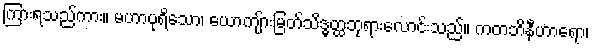
ကြားရသည်ကား။ မဟာပုရိသော၊ ယောကျ်ားမြတ်သိဒ္ဓတ္ထဘုရားလောင်းသည်။ ကတဘိနီဟာရော၊